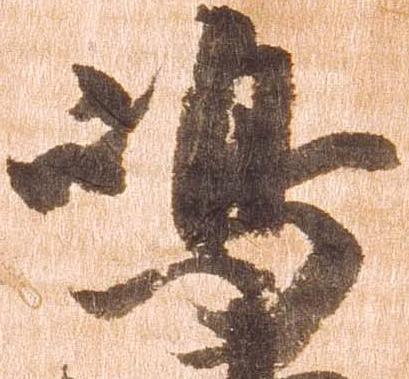
嶋